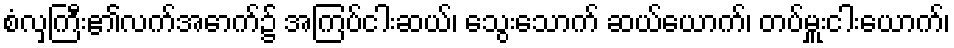
စံလှကြီး၏လက်အောက်၌ အကြပ်ငါးဆယ်၊ သွေးသောက် ဆယ်ယောက်၊ တပ်မှူးငါးယောက်၊